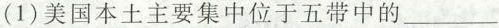
(1)美国本土主要集中位于五带中的___